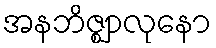
အနဘိဇ္ဈာလုနော